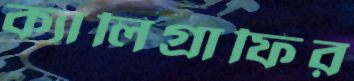
ক্যালিগ্রাফির